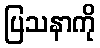
ပြသနာကို